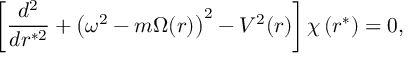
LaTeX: \left[ \frac { d ^ { 2 } } { d r ^ { * 2 } } + \left( \omega ^ { 2 } - m \Omega ( r ) \right) ^ { 2 } - V ^ { 2 } ( r ) \right] \chi \left( r ^ { * } \right) = 0 ,